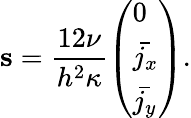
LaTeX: \mathbf{s}=\frac{12\nu}{h^{2}\kappa}\left(\begin{array}{l}{0}\\ {\bar{j_{x}}}\\ {\bar{j_{y}}}\end{array}\right).